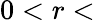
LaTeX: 0<r<